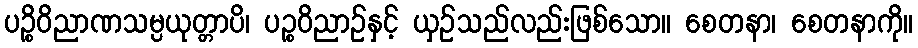
ပဉ္စိဝိညာဏသမ္ပယုတ္တာပိ၊ ပဉ္စဝိညာဉ်နှင့် ယှဉ်သည်လည်းဖြစ်သော။ စေတနာ၊ စေတနာကို။